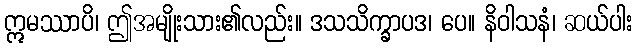
ဣမဿာပိ၊ ဤအမျိုးသား၏လည်း။ ဒသသိက္ခာပဒ၊ ပေ။ နိဝါသနံ၊ ဆယ်ပါး